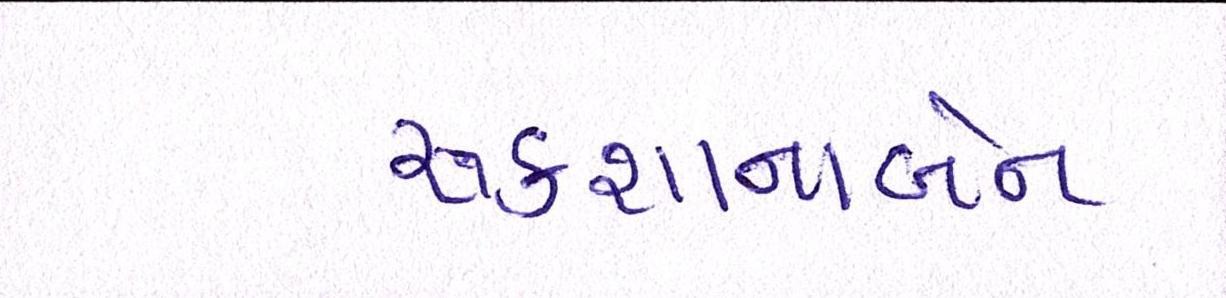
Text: રૂકશાનાબેન